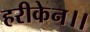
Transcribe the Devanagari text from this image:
हरीकेन।।